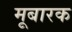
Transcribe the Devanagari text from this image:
मूबारक